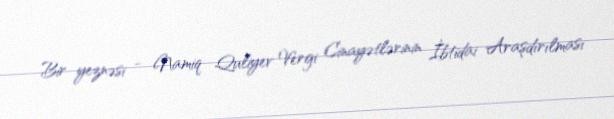
Bir yeznəsi - Namiq Quliyev Vergi Cinayətlərinin İbtidai Araşdırılması